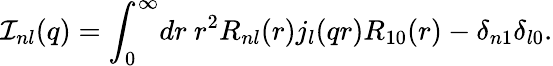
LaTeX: {\cal I}_{nl}(q)={\int}_{0}^{\infty}dr\ r^{2}R_{nl}(r)j_{l}(qr)R_{10}(r)-\delta_{n1}\delta_{l0}.